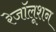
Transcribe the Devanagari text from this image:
रेजॉलूशन